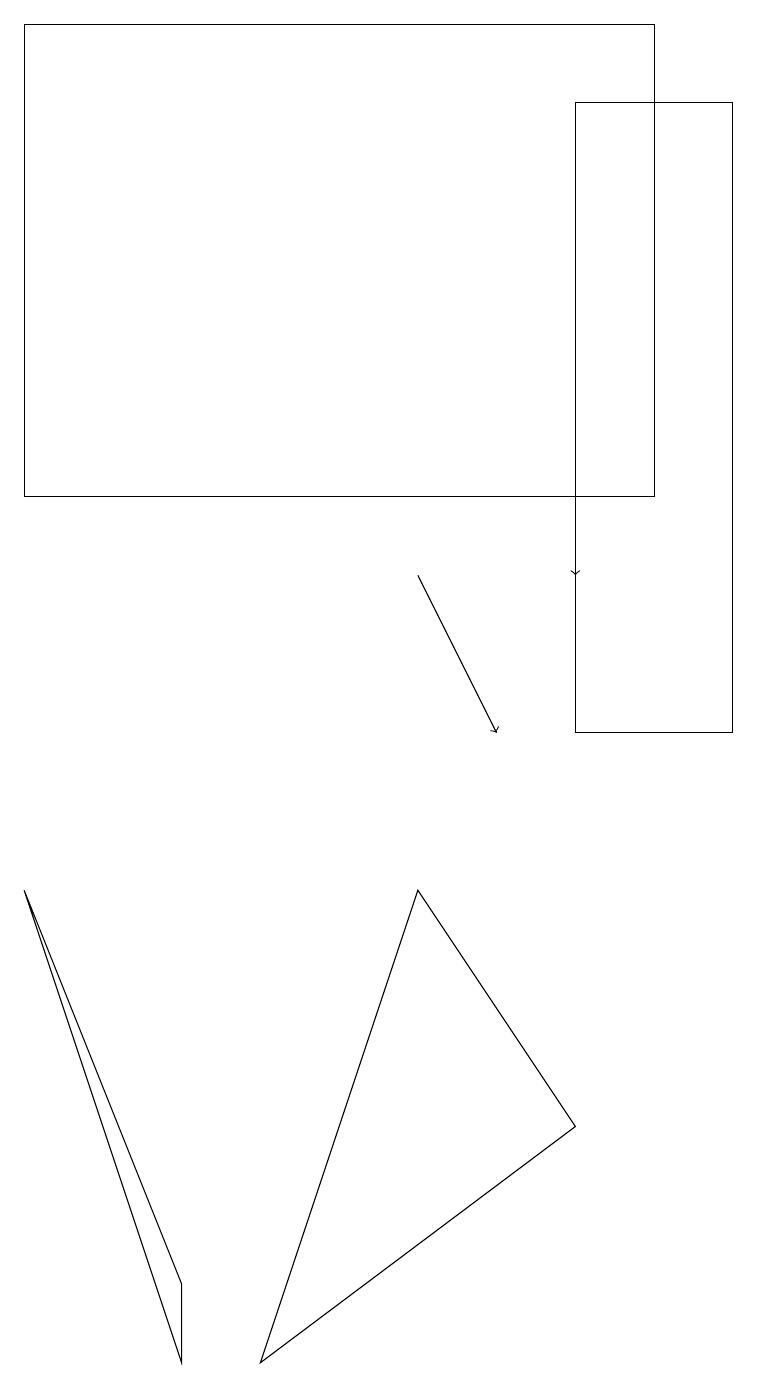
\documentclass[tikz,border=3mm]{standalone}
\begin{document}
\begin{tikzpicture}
\draw (0,19) rectangle (8,13);
\draw (5,8) -- (3,2) -- (7,5) -- cycle;
\draw (5,19) rectangle (1,19);
\draw[->] (5,12) -- (6,10);
\draw (2,2) -- (0,8) -- (2,3) -- cycle;
\draw (9,18) rectangle (7,10);
\draw[->] (7,13) -- (7,12);
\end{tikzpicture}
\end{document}